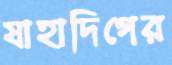
যাহাদিগের